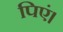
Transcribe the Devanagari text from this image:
पिएं।